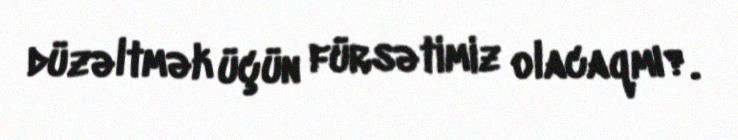
düzəltmək üçün fürsətimiz olacaqmı?.